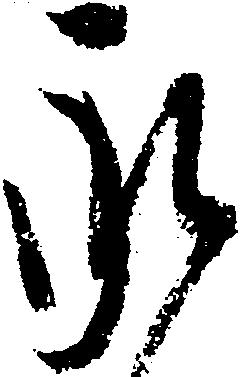
承